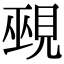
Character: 覡